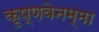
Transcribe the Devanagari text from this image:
कृष्णवेनम्मा